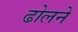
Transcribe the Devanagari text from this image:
ढोलने